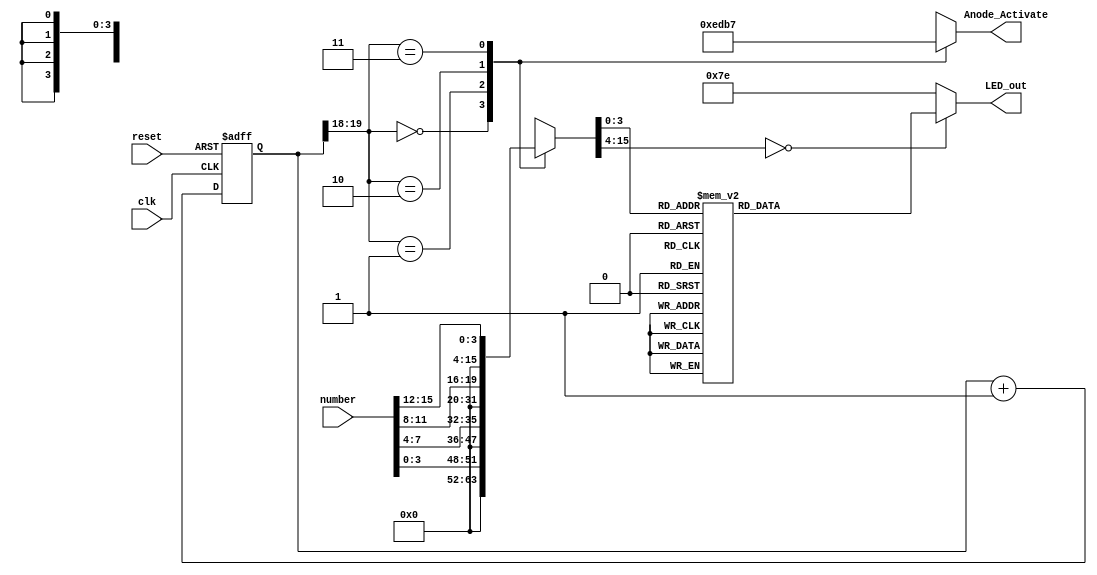
`timescale 1ns / 1ps
//////////////////////////////////////////////////////////////////////////////////
// Company: 
// Engineer: 
// 
// Design Name: 
// Module Name: seven_seg_ctrl
// Project Name: 
// Target Devices: 
// Tool Versions: 
// Description: 
// 
// Dependencies: 
// 
// Revision:
// Revision 0.01 - File Created
// Additional Comments:
// Source:
//  https://www.fpga4student.com/2017/09/seven-segment-led-display-controller-basys3-fpga.html
//////////////////////////////////////////////////////////////////////////////////


module seven_seg_ctrl(
    input            clk,
    input            reset,
    input     [15:0] number,
    output reg [6:0] LED_out,
    output reg [3:0] Anode_Activate
    );
    
    
    // Constants
    
    // Local Variables
    // Digit selection
    reg [19:0] refresh_counter;
    wire [1:0] LED_activating_counter; 
    reg [15:0] LED_BCD;
    
    // Continuous Assignments
    assign LED_activating_counter = refresh_counter[19:18];

    // Combinational logic
    // Digit Selection
        // anode activating signals for 4 LEDs
    // decoder to generate anode signals 
    always @(*) begin
        case(LED_activating_counter)
        2'b00: begin
            Anode_Activate = 4'b1110; 
            // activate LED1 and Deactivate LED2, LED3, LED4
            LED_BCD = number[3:0];
            // the first hex-digit of the 16-bit number
             end
        2'b01: begin
            Anode_Activate = 4'b1101; 
            // activate LED2 and Deactivate LED1, LED3, LED4
            LED_BCD = number[7:4];
            // the second hex-digit of the 16-bit number
                end
        2'b10: begin
            Anode_Activate = 4'b1011; 
            // activate LED3 and Deactivate LED2, LED1, LED4
            LED_BCD = number[11:8];
             // the third hex-digit of the 16-bit number
              end
        2'b11: begin
            Anode_Activate = 4'b0111; 
            // activate LED4 and Deactivate LED2, LED3, LED1
             LED_BCD = number[15:12];
             // the fourth hex-digit of the 16-bit number 
               end   
        default:begin
             Anode_Activate = 4'b0111; 
            // activate LED1 and Deactivate LED2, LED3, LED4
            LED_BCD = number[3:0];
            // the first hex-digit of the 16-bit number
            end
        endcase
    end
    
    // BCD to 7seg;
    // Cathode patterns of the 7-segment LED display 
    always @(*) begin
        case(LED_BCD)
            4'b0000: LED_out = 7'b0000001; // "0"  
            4'b0001: LED_out = 7'b1001111; // "1" 
            4'b0010: LED_out = 7'b0010010; // "2" 
            4'b0011: LED_out = 7'b0000110; // "3" 
            4'b0100: LED_out = 7'b1001100; // "4" 
            4'b0101: LED_out = 7'b0100100; // "5" 
            4'b0110: LED_out = 7'b0100000; // "6" 
            4'b0111: LED_out = 7'b0001111; // "7" 
            4'b1000: LED_out = 7'b0000000; // "8"  
            4'b1001: LED_out = 7'b0000100; // "9" 
            4'b1010: LED_out = ~7'b1110111; // "A"
            4'b1011: LED_out = ~7'b0011111; // "b"
            4'b1100: LED_out = ~7'b1001110; // "C"
            4'b1101: LED_out = ~7'b0111101; // "d"
            4'b1110: LED_out = ~7'b1001111; // "E"
            4'b1111: LED_out = ~7'b1000111; // "F"
            default: LED_out = ~7'b0000001; // "0"
     endcase
    end
    // Synchronous Logic
    // Digit Selection
    always @(posedge clk, posedge reset) begin 
        if(reset==1) refresh_counter <= 0;
        else refresh_counter <= refresh_counter + 1;
    end 
endmodule